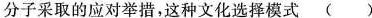
分子采取的应对举措，这种文化选择模式( )